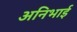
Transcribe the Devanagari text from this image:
अनिभाई